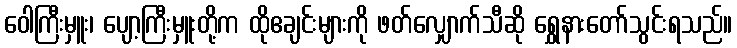
ဝေါကြီးမှူး၊ ပျော့ကြီးမှူးတို့က ထိုဧချင်းများကို ဖတ်လျှောက်သီဆို ရွှေနားတော်သွင်းရသည်။